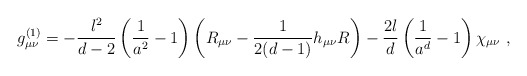
\begin{align*}g^{(1)}_{\mu\nu} = -{l^2 \over d-2} \left( {1\over a^2}-1 \right) \left( R_{\mu\nu} - {1\over 2(d-1)} h_{\mu\nu} R \right) -{2l \over d}\left( {1 \over a^d} - 1 \right) \chi_{\mu\nu} \ ,\end{align*}